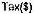
TAX($)